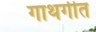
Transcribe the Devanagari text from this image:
गाथगीत